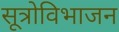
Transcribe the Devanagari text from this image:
सूत्रोविभाजन